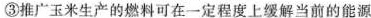
③推广玉米生产的燃料可在一定程度上缓解当前的能源